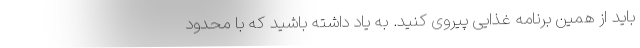
باید از همین برنامه غذایی پیروی کنید. به یاد داشته باشید که با محدود